Lunatic asylums in Bengal annual reports 1899-1911 - 1899-1911
Year: 1899
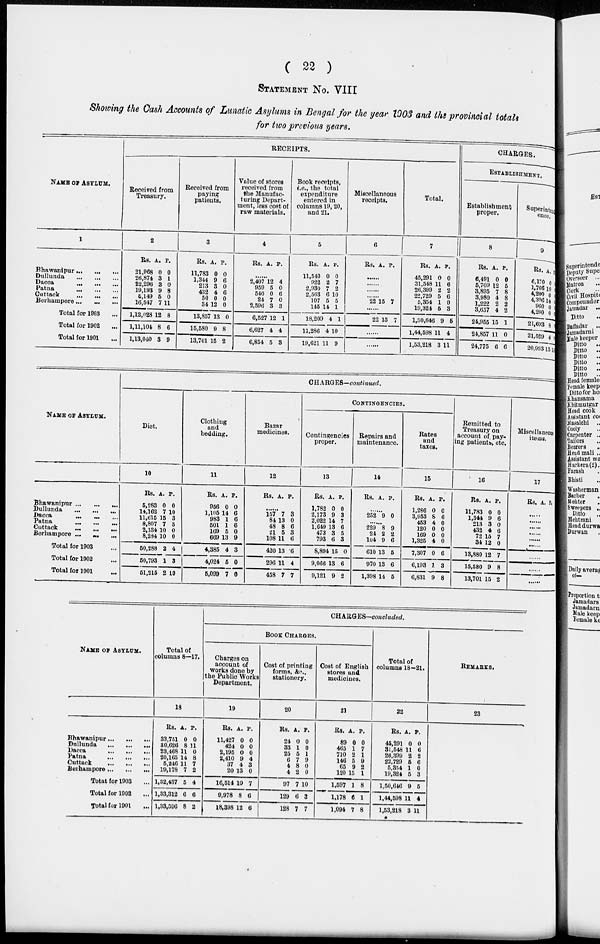
( 22 )
STATEMENT NO. VIII
Showing the Cash Accounts of Lunatic Asylums in Bengal for the year 1903 and the provincial totals
for two previous years.
NAME OF ASYLUM.
1
Bhawanipur
...
...
...
Dullunda
...
...
...
Dacca
...
...
...
Patna
...
...
...
Cuttack
...
...
...
Berhampore ... ... ...
Total for 1903 ...
Total for 1902 ...
Total for 1901 ...
RECEIPTS.
Received from
Treasury.
2
Rs.
21,968
26,874
22,296
19,193
5,149
16,547
1,12,028
1,11,104
1,13,040
A.
0
3
3
9
5
7
12
8
3
P.
0
1
0
8
0
11
8
6
9
Received from
paying
patients.
3
Rs.
11,783
1,344
213
432
50
34
13,857
15,580
13,701
A.
0
9
3
4
0
12
13
9
15
P.
0
6
0
6
0
0
0
8
2
Value of stores
received from
the Manufac-
turing Depart-
ment, less cost of
raw materials.
4
Rs. A. P.
......
2,407
959
540
24
2,596
6,527
6,627
6,854
12
5
0
7
3
12
4
5
4
0
6
0
3
1
4
3
Book receipts,
i.e., the total
expenditure
entered in
columns 19, 20,
and 21.
5
Rs.
11,540
922
2,930
2,563
107
145
18,209
11,286
19,621
A.
0
2
7
6
5
14
4
4
11
P.
0
7
2
10
5
1
1
10
9
Miscellaneous
receipts.
6
Rs. A. P.
......
......
......
......
22 15 7
......
25 15 7
......
......
Total.
7
Rs.
45,291
31,548
26,399
22,729
5,354
19,324
1,50,646
1,44,598
1,53,218
A.
0
11
2
5
1
5
9
11
3
P.
0
6
2
6
0
3
6
4
11
CHARGES.
ESTABLISHMENT.
Establishment
proper.
8
Rs.
6,491
5,709
3,895
3,980
1,222
3,657
24,955
24,857
24,775
A.
0
12
7
4
2
4
15
11
6
P.
0
5
8
8
2
2
1
0
6
Superintend
ence.
9
Rs.
6,170
1,766
4,200
4,396
960
4,200
21,693
21,529
20,993
A.
0
10
0
14
0
0
8
4
15
P.
0
8
0
0
0
0
8
0
14
NAME OF ASYLUM.
Bhawanipur
...
...
...
Dullunda
...
...
...
Dacca
...
...
...
Patna
...
...
...
Cuttack
...
...
...
Berhampore
...
...
...
Total for 1903 ...
Total for 1902 ...
Total for 1901 ...
CHARGES—continued.
Diet.
10
Rs.
5,283
14,162
11,615
8,807
2,134
8,284
50,288
50,793
51,215
A.
0
7
15
7
10
10
2
1
2
P.
0
10
3
3
0
0
4
3
10
Clothing
and
bedding.
11
Rs.
956
1,105
983
501
169
669
4,385
4,024
5,099
A.
0
14
1
1
5
13
4
5
7
P.
0
6
6
6
0
9
3
0
0
Bazar
medicines.
12
Rs. A. P.
......
157
84
48
21
108
420
296
458
7
13
8
5
11
13
11
7
3
0
6
3
6
6
4
7
CONTINGENCIES.
Contingencies
proper.
13
Rs.
1,782
2,173
2,022
1,649
473
793
8,894
9,066
9,121
A.
0
9
14
13
3
6
15
13
9
P.
0
3
7
6
5
3
0
6
2
Repairs and
maintenance
14
Rs. A. P.
......
252 9 0
......
229
24
104
610
970
1,398
8
2
9
13
13
14
9
2
6
6
6
5
Rates
and
taxes.
15
Rs.
1,286
3,953
453
120
169
1,325
7,307
6,193
6,831
A.
0
8
4
0
0
4
0
1
9
P.
0
6
0
0
0
0
6
3
8
Remitted to
Treasury on
account of, pay-
ing patients, etc.
16
Rs.
11,783
1,344
213
432
72
34
13,880
15,580
13,701
A.
0
9
3
4
15
12
12
9
15
P.
0
6
0
6
7
0
7
8
2
Miscellaneous
items.
17
Rs. A. P.
......
......
......
......
......
......
......
......
NAME OF ASYLUM.
Bhawanipur
...
...
...
Dullunda
...
...
...
Dacca
...
...
...
Patna
...
...
...
Cuttack
...
...
...
Berhampore
...
...
...
Totat for 1903 ...
Total for 1902 ...
Total for 1901 ...
Total of
columns 8—17.
18
Rs.
33,751
30,626
23,468
20,165
5,246
19,178
1,32,437
1,33,312
1,33,596
A.
0
8
11
14
11
7
5
6
8
P.
0
11
0
8
7
2
4
6
2
CHARGES—concluded.
BOOK CHARGES.
Charges on
account of
works done by
the Public Works
Department.
19
Rs.
11,427
424
2,196
2,410
37
20
16,514
9,978
18,398
A.
0
0
0
9
4
13
10
8
12
P.
0
0
0
4
3
0
7
6
6
Cost of printing
forms, &c.,
stationery.
20
Rs.
24
33
25
6
4
4
97
129
128
A.
0
1
5
7
8
2
7
6
7
P.
0
0
1
9
0
0
10
3
7
Cost of English
stores and
medicines.
21
Rs.
89
465
710
146
65
120
1,597
1,178
1,094
A.
0
1
2
5
9
15
1
6
7
P.
0
7
1
9
2
1
8
1
8
Total of
columns 18—21.
22
Rs.
45,291
31,548
26,399
22,729
5,354
19,324
1,50,646
1,44,598
1,53,218
A.
0
11
2
5
1
5
9
11
3
P.
0
6
2
6
0
3
5
4
11
REMARKS.
23